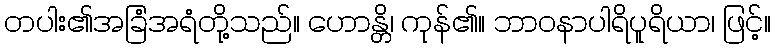
တပါး၏အခြံအရံတို့သည်။ ဟောန္တိ၊ ကုန်၏။ ဘာဝနာပါရိပူရိယာ၊ ဖြင့်။